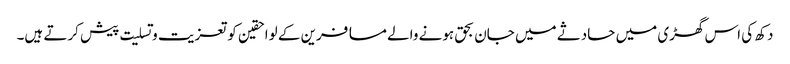
دکھ کی اس گھڑی میں حادثے میں جان بحق ہونے والے مسافرین کے لواحقین کو تعزیت و تسلیت پیش کرتے ہیں۔